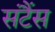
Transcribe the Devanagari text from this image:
संटैंस